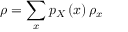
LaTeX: \rho = \sum _ { x } p _ { X } \left( x \right) \rho _ { x }